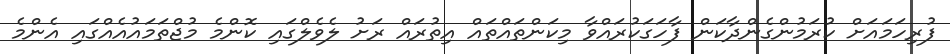
ފުރިހަމައަށް ކުރަމުންގެންދާކަން ފާހަގަކުރައްވާ މިކަންތައްތައް އިތުރައް ރަށު ލެވެލްގައި ކޮންމެ މުޖްތަމައުއެއްގައި އެންމެ